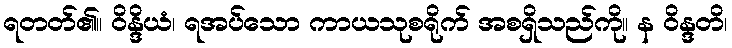
ရတတ်၏။ ဝိန္ဒိယံ၊ ရအပ်သော ကာယသုစရိုက် အစရှိသည်ကို။ န ဝိန္ဒတိ၊